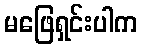
မဖြေရှင်းပါက